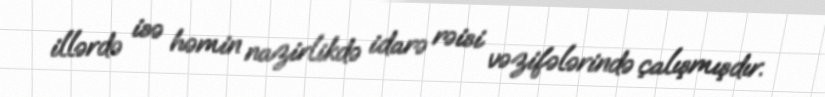
illərdə isə həmin nazirlikdə idarə rəisi vəzifələrində çalışmışdır.